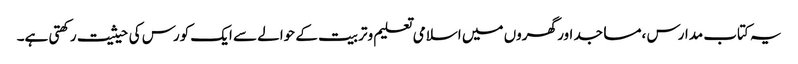
یہ کتاب مدارس ،مساجد اور گھروں میں اسلامی تعلیم وتربیت کے حوالے سے ایک کورس کی حیثیت رکھتی ہے۔